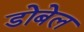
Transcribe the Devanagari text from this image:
डोबेल